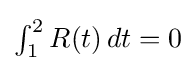
\textstyle \int _{1}^{2}R(t)\,dt=0